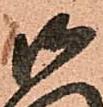
御